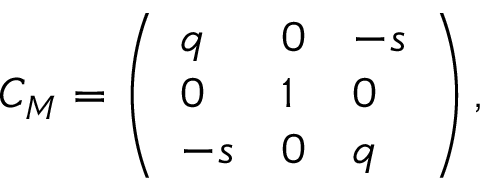
C _ { M } = \left( \begin{array} { l l l } { { q } } & { { 0 } } & { { - s } } \\ { { 0 } } & { { 1 } } & { { 0 } } \\ { { - s } } & { { 0 } } & { { q } } \end{array} \right) ,